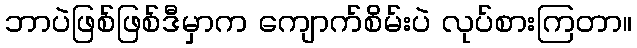
ဘာပဲဖြစ်ဖြစ်ဒီမှာက ကျောက်စိမ်းပဲ လုပ်စားကြတာ။